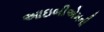
આઇબીએમની